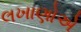
લખાણોએ